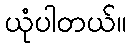
ယုံပါတယ်။